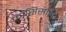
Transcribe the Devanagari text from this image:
फ्रांसिसोइचे